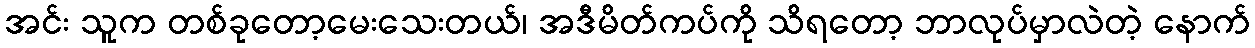
အင်း သူက တစ်ခုတော့မေးသေးတယ်၊ အဒီမိတ်ကပ်ကို သိရတော့ ဘာလုပ်မှာလဲတဲ့ နောက်